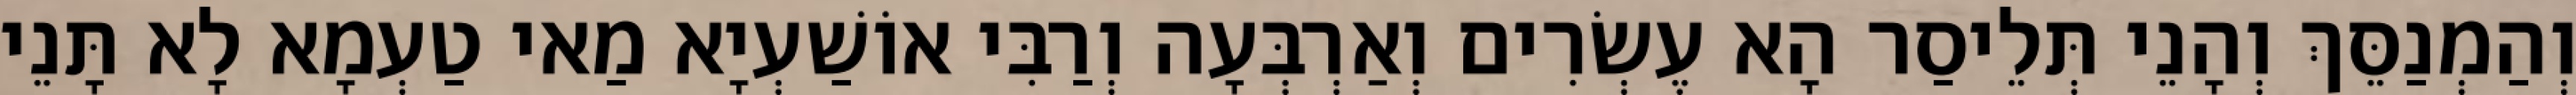
וְהַמְנַסֵּךְ וְהָנֵי תְּלֵיסַר הָא עֶשְׂרִים וְאַרְבְּעָה וְרַבִּי אוֹשַׁעְיָא מַאי טַעְמָא לָא תָּנֵי